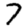
Digit: 7